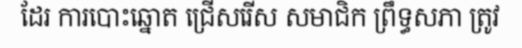
ដែរ ការបោះឆ្នោត ជ្រើសរើស សមាជិក ព្រឹទ្ធសភា ត្រូវ